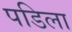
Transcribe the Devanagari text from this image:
पडिला